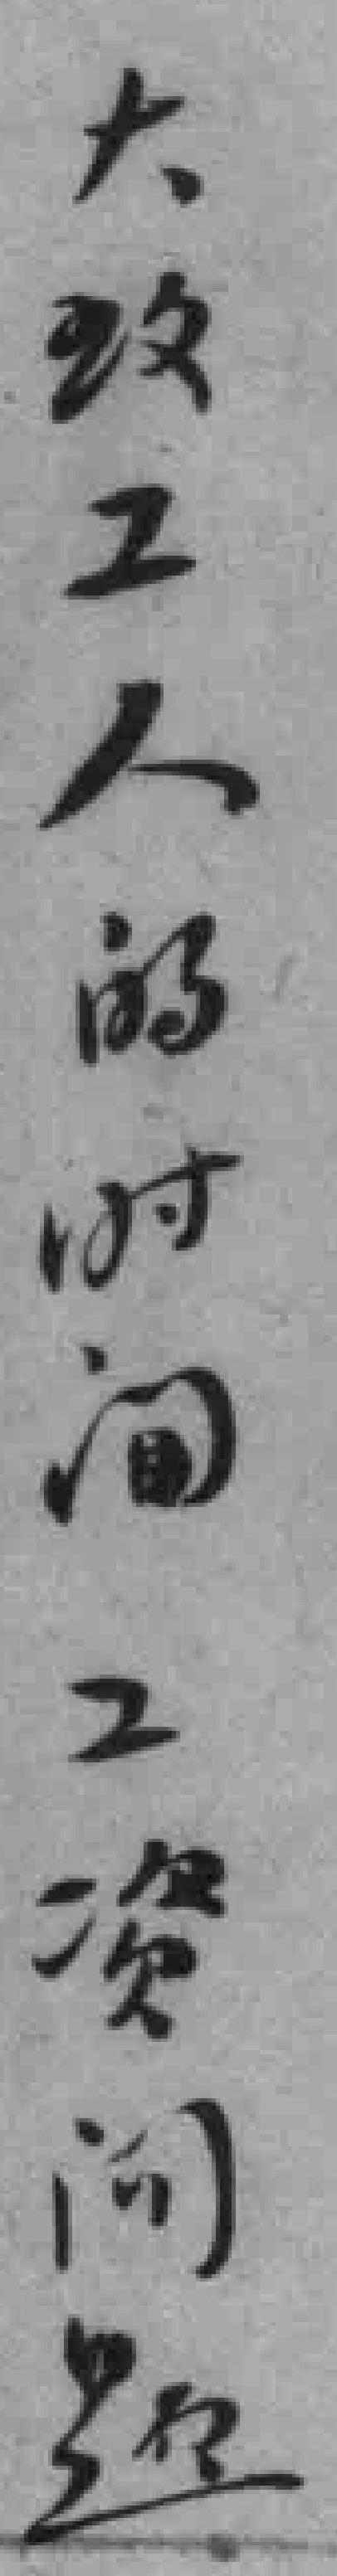
大致工人的时间工资问题